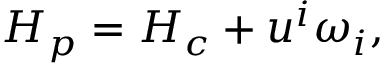
H _ { p } = H _ { c } + u ^ { i } \omega _ { i } ,